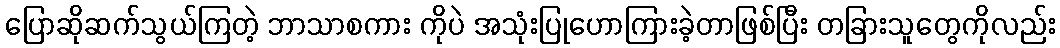
ပြောဆိုဆက်သွယ်ကြတဲ့ ဘာသာစကား ကိုပဲ အသုံးပြုဟောကြားခဲ့တာဖြစ်ပြီး တခြားသူတွေကိုလည်း